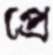
প্রে